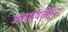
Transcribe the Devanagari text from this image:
अमरावतीहून